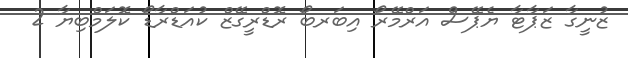
ޒުނީގާ ޒަޕާޓާ ޔެޕޭސް އަރްމޭރޯ އިބަރބޯ ރޮޑްރީގޭޒް ކުއަޑްރާޑޯ ކޮލަމްބިޔާ 2